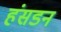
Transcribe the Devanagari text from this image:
हंसडन